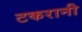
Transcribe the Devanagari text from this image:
टकरानी